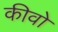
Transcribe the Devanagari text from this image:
कीवो